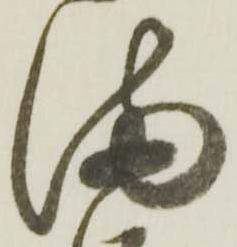
満